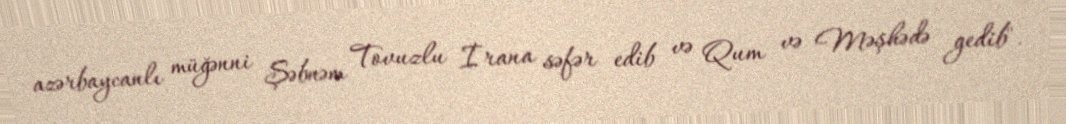
azərbaycanlı müğənni Şəbnəm Tovuzlu İrana səfər edib və Qum və Məşhədə gedib".